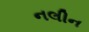
નલીન